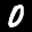
Label: 0